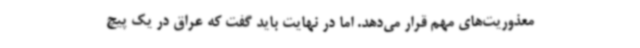
معذوریت‌های مهم قرار می‌دهد. اما در نهایت باید گفت که عراق در یک پیچ